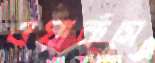
ওয়ার্কসে